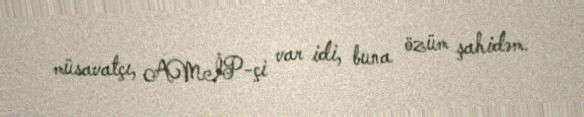
müsavatçı, AMİP-çi var idi, buna özüm şahidəm.